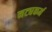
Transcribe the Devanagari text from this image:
नट्यकर्म